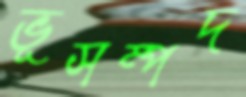
ভূসম্পদ